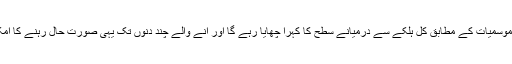
محکمہ موسمیات کے مطابق کل ہلکے سے درمیانے سطح کا کہرا چھایا رہے گا اور آنے والے چند دنوں تک یہی صورت حال رہنے کا امکان ہے۔